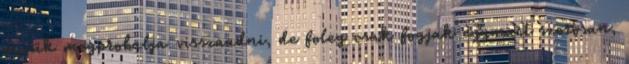
masik megprobalja visszaadni, de foleg csak fogjak egymast szorosan,